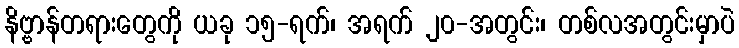
နိဗ္ဗာန်တရားတွေကို ယခု ၁၅-ရက်၊ အရက် ၂၀-အတွင်း၊ တစ်လအတွင်းမှာပဲ